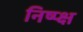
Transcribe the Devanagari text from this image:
निष्प्क्ष